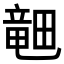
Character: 𪽞